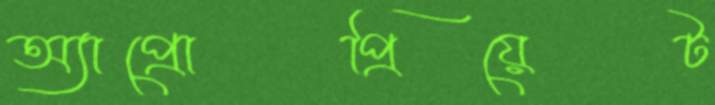
অ্যাপ্রোপ্রিয়েট